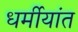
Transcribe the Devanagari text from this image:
धर्मीयांत